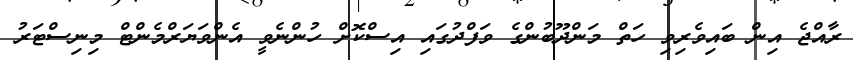
ރާއްޖެ އިން ބައިވެރިވި ހަތް މަންދޫބުންގެ ވަފްދުގައި އިސްކޮށް ހުންނެވީ އެންވަޔަރްމެންޓް މިނިސްޓަރު